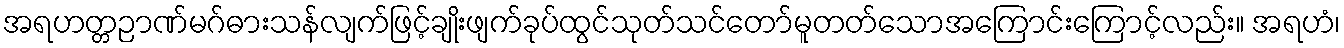
အရဟတ္တဉာဏ်မဂ်ဓားသန်လျက်ဖြင့်ချိုးဖျက်ခုပ်ထွင်သုတ်သင်တော်မူတတ်သောအကြောင်းကြောင့်လည်း။ အရဟံ၊